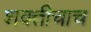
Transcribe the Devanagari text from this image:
शक्तीचाच